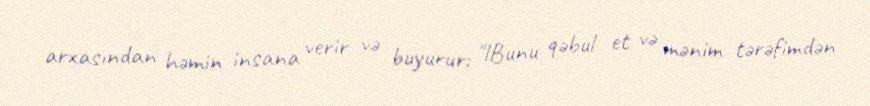
arxasından həmin insana verir və buyurur: "lBunu qəbul et və mənim tərəfimdən